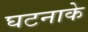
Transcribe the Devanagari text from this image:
घटनाके